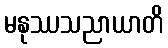
မနုဿသညာယာတိ